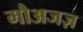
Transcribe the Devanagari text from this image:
मौअजज़